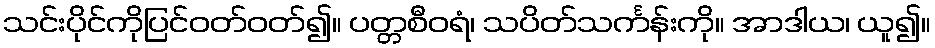
သင်းပိုင်ကိုပြင်ဝတ်ဝတ်၍။ ပတ္တစီဝရံ၊ သပိတ်သင်္ကန်းကို။ အာဒါယ၊ ယူ၍။